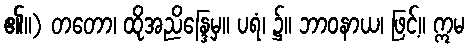
၏။) တတော၊ ထိုအညိန္ဒြေမှ။ ပရံ၊ ၌။ ဘာဝနာယ၊ ဖြင့်။ ဣမ